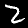
Label: 2